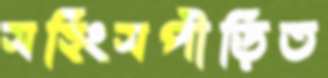
সহিংসপীড়িত